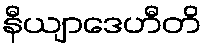
နီယျာဒေဟီတိ